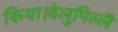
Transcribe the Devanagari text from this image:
किया।वेलुपिल्लै